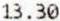
13.30